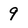
Character: 9